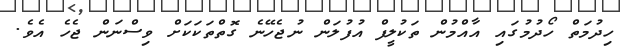
ހިދުމަތް ހޯދުމުގައި އާއްމުން ތަކުލީފް އުފުލަން ނުޖެހޭނެ ގޮތްތަކަކަށް ވިސްނަން ޖެހެ އެވެ.